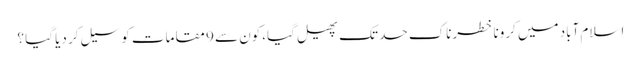
اسلام آباد میں کرونا خطرناک حد تک پھیل گیا،کون سے 9 مقامات کو سیل کر دیا گیا ؟